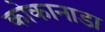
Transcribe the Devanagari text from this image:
कोकानाडा